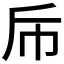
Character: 𭘑